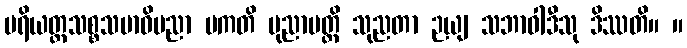
ပရိယတ္တသစ္စသမာဓိပညာ ပကတိ ပုညာပတ္တိ သုညတာ ဉယျ သဘာဝါဒီသု ဒိဿတိ။ ။